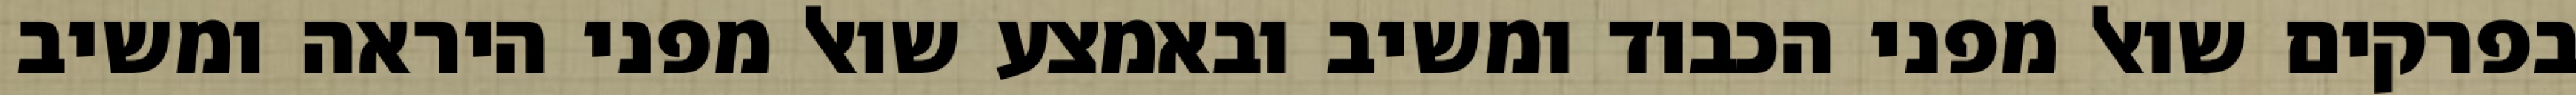
בפרקים שואל מפני הכבוד ומשיב ובאמצע שואל מפני היראה ומשיב